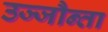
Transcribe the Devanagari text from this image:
उज्‍जौन्ता